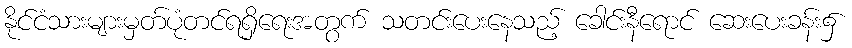
နိုင်ငံသားများမှတ်ပုံတင်ရရှိရေးအတွက် သတင်းပေးနေသည့် ခေါင်းနီရောင် ဆေးပေးခန်း၌